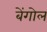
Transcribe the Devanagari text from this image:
बेंगोल